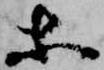
等